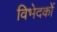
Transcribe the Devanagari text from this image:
विभेदकों